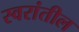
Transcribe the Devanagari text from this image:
स्वरांतील